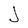
Character: J